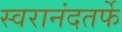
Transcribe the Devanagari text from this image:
स्वरानंदतर्फे